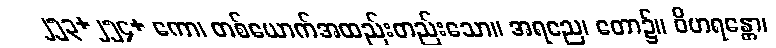
၂၅၃+၂၅၄+ ကော၊ တစ်ယောက်အထည်းတည်းသော။ အရညေ၊ တော၌။ ဝိဟရန္တော၊